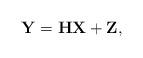
LaTeX: \begin{align*}\mathbf{Y} = \mathbf{H} \mathbf{X} + \mathbf{Z},\end{align*}